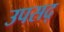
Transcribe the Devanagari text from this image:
उपसद्